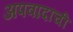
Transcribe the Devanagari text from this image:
अपवादांची